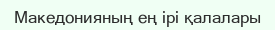
Македонияның ең ірі қалалары